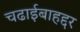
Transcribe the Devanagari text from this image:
चढाईबाहद्दर